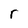
Character: r